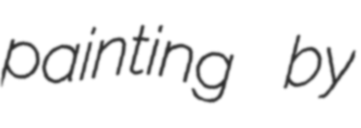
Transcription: painting by